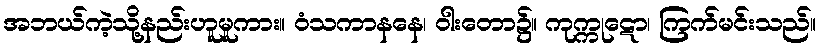
အဘယ်ကဲ့သို့နည်းဟူမူကား။ ဝံသကာနနေ၊ ဝါးတော၌။ ကုက္ကုဋော၊ ကြက်မင်းသည်။